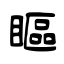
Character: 瞘